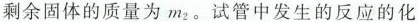
剩余固体的质量为m_{2}。试管中发生的反应的化